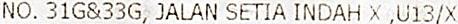
NO. 31G&33G, JALAN SETIA INDAH X ,U13/X